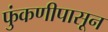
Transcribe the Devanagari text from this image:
फुंकणीपासून